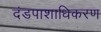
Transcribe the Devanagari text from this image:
दंडपाशाधिकरण